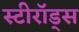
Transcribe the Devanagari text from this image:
स्टीरॉड्स